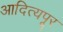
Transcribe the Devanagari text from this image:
आदित्यपूर